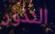
النذور